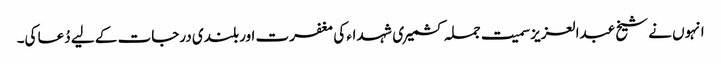
انہوں نے شیخ عبدالعزیزسمیت جملہ کشمیری شہداء کی مغفرت اور بلندی درجات کے لیے دُعا کی۔